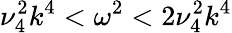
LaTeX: \nu_{4}^{2}k^{4}<\omega^{2}<2\nu_{4}^{2}k^{4}